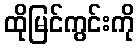
ထိုမြင်ကွင်းကို